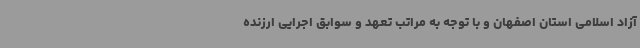
آزاد اسلامی استان اصفهان و با توجه به مراتب تعهد و سوابق اجرایی ارزنده